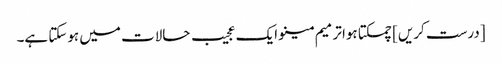
[درست کریں] چمکتا ہوا ترمیم مینو ایک عجیب حالات میں ہوسکتا ہے۔